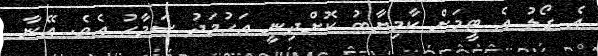
އެ ގޯލު އެ ޓީމަށް ކާމިޔާބު ކޮށްދިނީ އަހުމަދު ސަމާހު އެވެ. އޭނާ